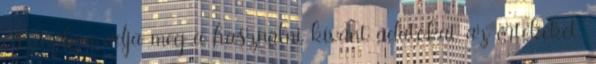
oszlopban adja meg a használni kívánt adatokat az értékeket.